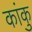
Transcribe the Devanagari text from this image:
कांकु